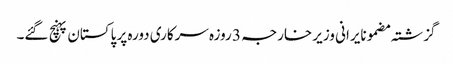
گزشتہ مضمونایرانی وزیر خارجہ 3 روزہ سرکاری دورہ پر پاکستان پہنچ گئے۔